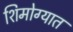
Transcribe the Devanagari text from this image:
शिमोग्यात